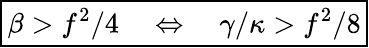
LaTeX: \begin{array}{r}{\boxed{\beta>f^{2}/4\quad\Leftrightarrow\quad\gamma/\kappa>f^{2}/8}}\end{array}